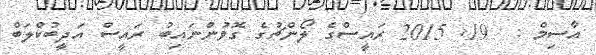
އާސިމް :  19